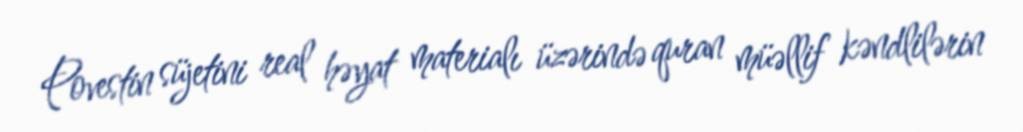
Povestin süjetini real həyat materialı üzərində quran müəllif kəndlilərin